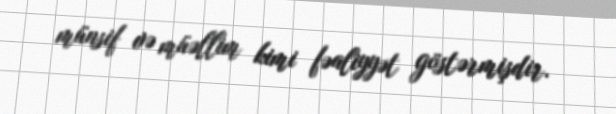
münsif və müəllim kimi fəaliyyət göstərmişdir.